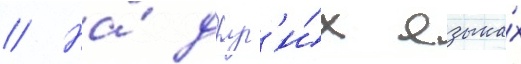
// На́ друг'и́х языка́х